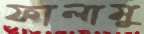
ফালামু